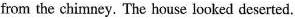
from the chimney. The house looked deserted.